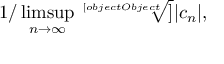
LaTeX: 1 / \operatorname* { l i m s u p } _ { n \rightarrow \infty } { \sqrt [ [object Object] ] { | c _ { n } | } } ,